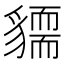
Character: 𧴓